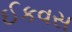
ઈકવસ